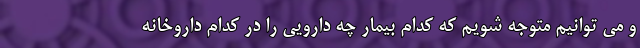
و می توانیم متوجه شویم که کدام بیمار چه دارویی را در کدام داروخانه